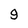
Character: 9